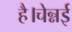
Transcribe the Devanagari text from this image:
है।चेन्नई